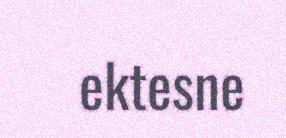
ektesne